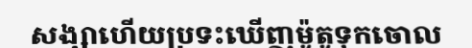
សង្សាហើយប្រទះឃើញម៉ូតូទុកចោល